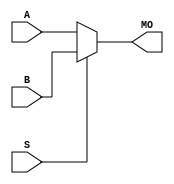
module stratix_bmux21 (MO, A, B, S);
   input [15:0] A, B;
   input 	S;
   output [15:0] MO; 
   assign MO = (S == 1) ? B : A; 
endmodule